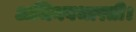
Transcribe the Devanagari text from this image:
अभिनवभारती।